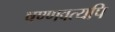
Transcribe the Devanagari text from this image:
षण्णवत्यपि